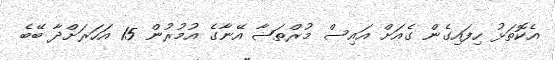
އެކޮތަޅު ހިފައިގެން ގެއަށް އައިސް މުރްތަޟާ އޭނާގެ އުމުރުން 15 އަހަރަށްދާ ބޭބެ